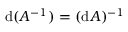
\mathrm { d } ( A ^ { - 1 } ) = ( \mathrm { d } A ) ^ { - 1 }